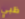
ظبي